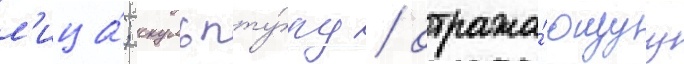
л'ица́; скульпту́ру / отража́ющуу